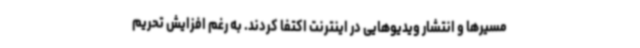
مسیرها و انتشار ویدیوهایی در اینترنت اکتفا کردند. به رغم افزایش تحریم